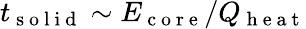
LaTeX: t_{\mathrm{~s~o~l~i~d~}}\sim E_{\mathrm{~c~o~r~e~}}/Q_{\mathrm{~h~e~a~t~}}